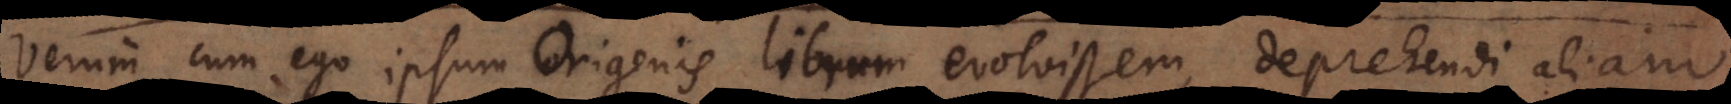
Verum cum ego ipsum Origenis librum evolvissem, deprehendi aliam